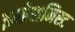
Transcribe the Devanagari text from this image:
इम्प्रेशनिस्ट